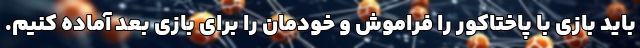
باید بازی با پاختاکور را فراموش و خودمان را برای بازی بعد آماده کنیم.